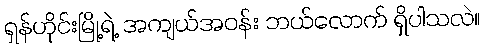
ရှန်ဟိုင်းမြို့ရဲ့ အကျယ်အဝန်း ဘယ်လောက် ရှိပါသလဲ။